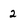
Character: 2